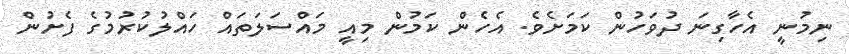
ނިމުނީ އެހާގިނަ ދުވަހުން ކަމަށެވެ. އެހެން ކަމުން މިއީ މައްސަލަތައް ހައްލުކުރުމުގެ ފެށުން